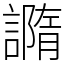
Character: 䜏